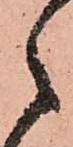
之